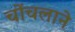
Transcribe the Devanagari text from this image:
चोंचलाने